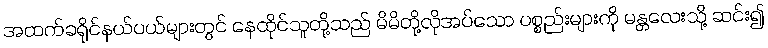
အထက်ခရိုင်နယ်ပယ်များတွင် နေထိုင်သူတို့သည် မိမိတို့လိုအပ်သော ပစ္စည်းများကို မန္တလေးသို့ ဆင်း၍